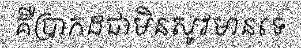
គឺប្រាកដជាមិនសូវមានទេ